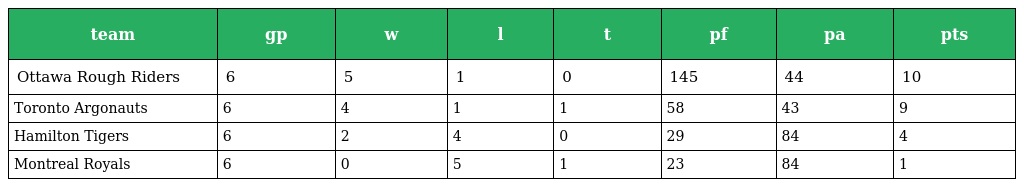
| team | gp | w | l | t | pf | pa | pts |
 | --- | --- | --- | --- | --- | --- | --- | --- |
 | Ottawa Rough Riders | 6 | 5 | 1 | 0 | 145 | 44 | 10 |
 | Toronto Argonauts | 6 | 4 | 1 | 1 | 58 | 43 | 9 |
 | Hamilton Tigers | 6 | 2 | 4 | 0 | 29 | 84 | 4 |
 | Montreal Royals | 6 | 0 | 5 | 1 | 23 | 84 | 1 |